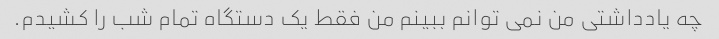
چه یادداشتی من نمی توانم ببینم من فقط یک دستگاه تمام شب را کشیدم.